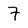
Character: 7